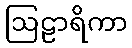
ဩဠာရိကာ